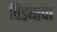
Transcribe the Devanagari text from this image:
विड्याचा